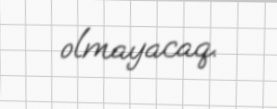
olmayacaq.